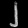
Digit: ၂